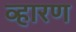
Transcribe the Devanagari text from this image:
व्हारण